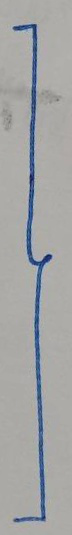
}